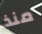
منذ